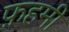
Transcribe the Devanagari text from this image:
फ़हमी